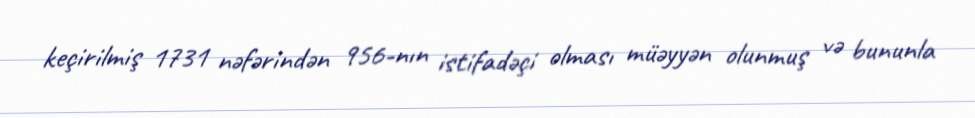
keçirilmiş 1731 nəfərindən 956-nın istifadəçi olması müəyyən olunmuş və bununla